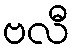
ဗလီ